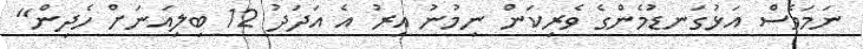
ނަމަވެސް އަޅުގަނޑުމެންގެ ވެރިކަން ނިމުނު އިރު އެ އަދަދު 12 ބިލިއަނަށް ހެދިން"